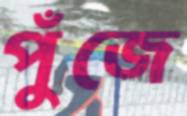
পুঁজে